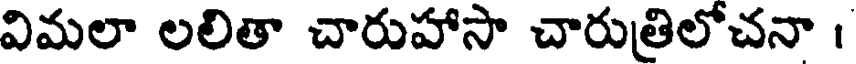
విమలా లలితా చారుహాసా చారుత్రిలోచనా ।